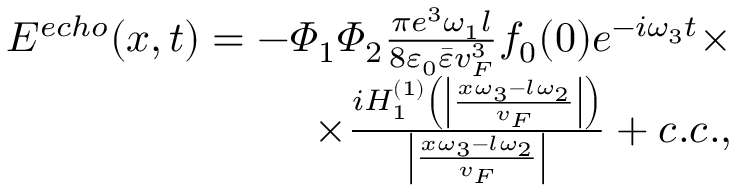
\begin{array} { r } { E ^ { e c h o } ( x , t ) = - \varPhi _ { 1 } \varPhi _ { 2 } \frac { \pi e ^ { 3 } \omega _ { 1 } l } { 8 \varepsilon _ { 0 } \bar { \varepsilon } v _ { F } ^ { 3 } } f _ { 0 } ( 0 ) e ^ { - i \omega _ { 3 } t } \times } \\ { \times \frac { i H _ { 1 } ^ { ( 1 ) } \left( \left| \frac { x \omega _ { 3 } - l \omega _ { 2 } } { v _ { F } } \right| \right) } { \left| \frac { x \omega _ { 3 } - l \omega _ { 2 } } { v _ { F } } \right| } + c . c . , } \end{array}